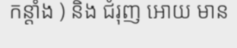
កន្តាំង ) និង ជំរុញ អោយ មាន